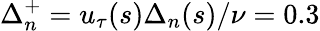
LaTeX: \Delta_{n}^{+}=u_{\tau}(s)\Delta_{n}(s)/\nu=0.3